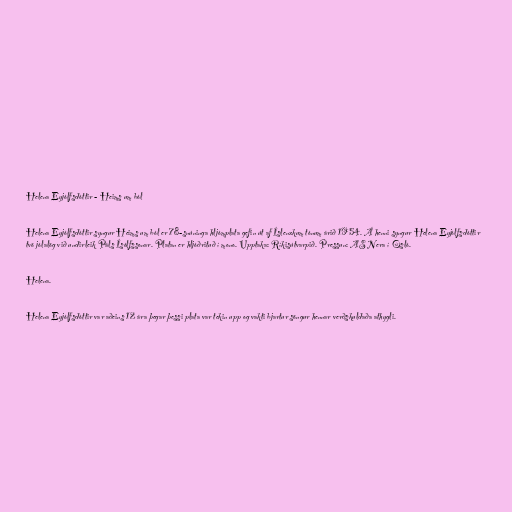
Helena Eyjólfsdóttir - Heims um ból

Helena Eyjólfsdóttir syngur Heims um ból er 78-snúninga hljómplata gefin út af Íslenzkum tónum árið 1954. Á henni syngur Helena Eyjólfsdóttir
tvö jólalög við undirleik Páls Ísólfssonar. Platan er hljóðrituð í mono. Upptaka: Ríkisútvarpið. Pressun: AS Nera í Osló.

Helena.

Helena Eyjólfsdóttir var aðeins 12 ára þegar þessi plata var tekin upp og vakti bjartur söngur hennar verðskuldaða athygli.